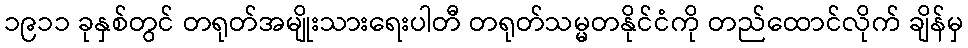
၁၉၁၁ ခုနှစ်တွင် တရုတ်အမျိုးသားရေးပါတီ တရုတ်သမ္မတနိုင်ငံကို တည်ထောင်လိုက် ချိန်မှ